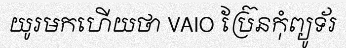
យូរមកហើយថា VAIO ប្រ៊ែនកុំព្យូទ័រ